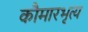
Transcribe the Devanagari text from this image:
कौमारभृत्‍य